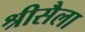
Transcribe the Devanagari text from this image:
श्रीसैला